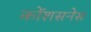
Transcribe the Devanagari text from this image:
कोंशसनेस